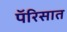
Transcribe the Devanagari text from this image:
पॅरिसात